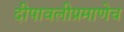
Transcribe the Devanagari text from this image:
दीपावलीप्रमाणेच